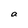
Character: a